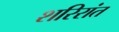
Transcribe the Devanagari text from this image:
शरिरांत